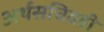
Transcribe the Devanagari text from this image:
अर्थसचिवही